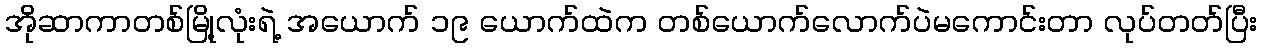
အိုဆာကာတစ်မြို့လုံးရဲ့ အယောက် ၁၉ ယောက်ထဲက တစ်ယောက်လောက်ပဲမကောင်းတာ လုပ်တတ်ပြီး